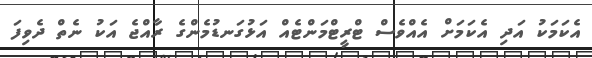
އެކަމަކު އަދި އެކަމަށް އެއްވެސް ޓްރީޓްމަންޓެއް އަޅުގަނޑުމެންގެ ރާއްޖެ އަކު ނެތް ދެވިފަ